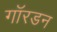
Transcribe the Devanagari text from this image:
गॉरडन